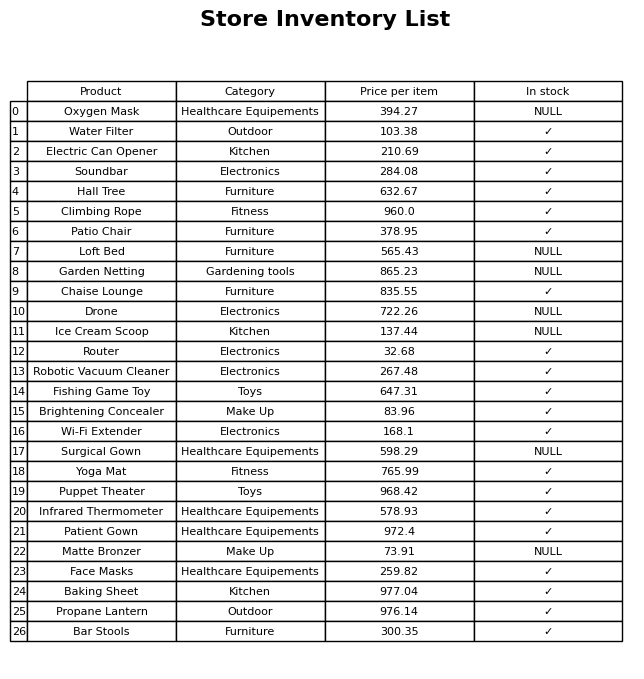
question: What is the price for Oxygen Mask?
answer: The price of Oxygen Mask is 394.27.